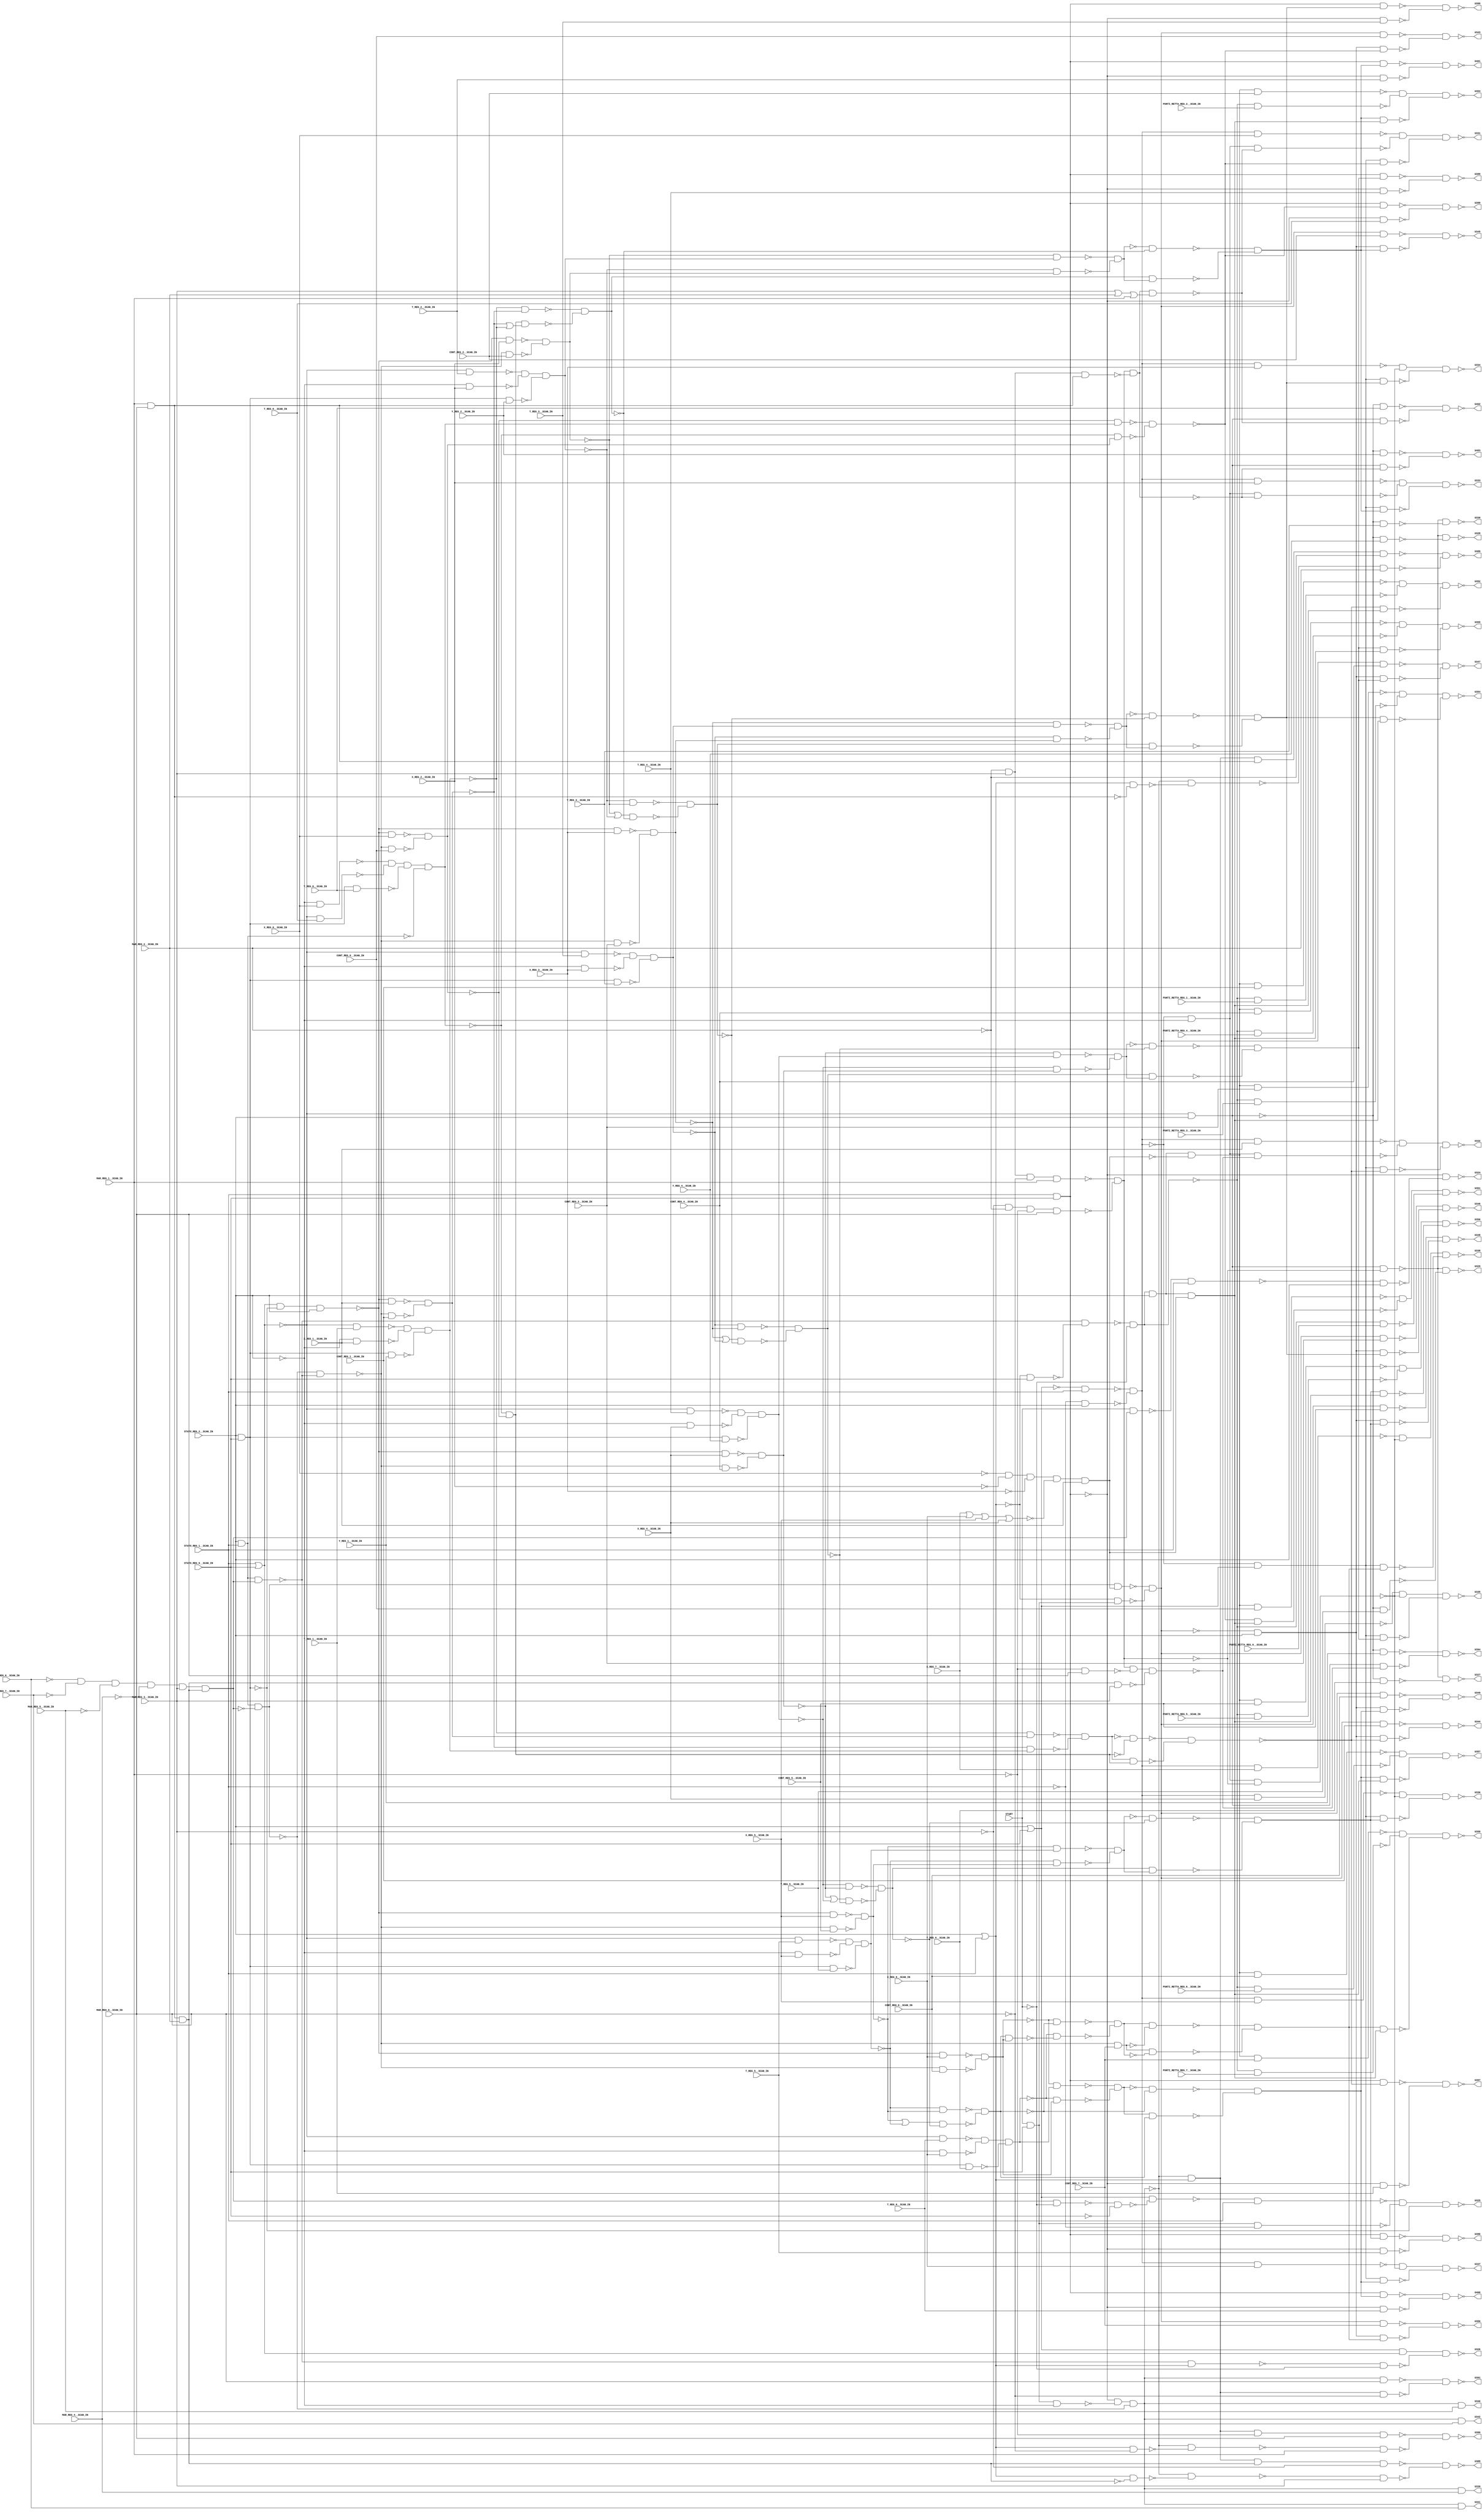
module b07_C( START, STATO_REG_0__SCAN_IN, STATO_REG_1__SCAN_IN, PUNTI_RETTA_REG_7__SCAN_IN, PUNTI_RETTA_REG_6__SCAN_IN, PUNTI_RETTA_REG_5__SCAN_IN, PUNTI_RETTA_REG_4__SCAN_IN, PUNTI_RETTA_REG_3__SCAN_IN, PUNTI_RETTA_REG_2__SCAN_IN, PUNTI_RETTA_REG_1__SCAN_IN, PUNTI_RETTA_REG_0__SCAN_IN, CONT_REG_7__SCAN_IN, CONT_REG_6__SCAN_IN, CONT_REG_5__SCAN_IN, CONT_REG_4__SCAN_IN, CONT_REG_3__SCAN_IN, CONT_REG_2__SCAN_IN, CONT_REG_1__SCAN_IN, CONT_REG_0__SCAN_IN, MAR_REG_7__SCAN_IN, MAR_REG_6__SCAN_IN, MAR_REG_5__SCAN_IN, MAR_REG_4__SCAN_IN, MAR_REG_3__SCAN_IN, MAR_REG_2__SCAN_IN, MAR_REG_1__SCAN_IN, MAR_REG_0__SCAN_IN, X_REG_7__SCAN_IN, X_REG_6__SCAN_IN, X_REG_5__SCAN_IN, X_REG_4__SCAN_IN, X_REG_3__SCAN_IN, X_REG_2__SCAN_IN, X_REG_1__SCAN_IN, X_REG_0__SCAN_IN, Y_REG_3__SCAN_IN, Y_REG_1__SCAN_IN, Y_REG_5__SCAN_IN, T_REG_3__SCAN_IN, T_REG_5__SCAN_IN, T_REG_1__SCAN_IN, T_REG_0__SCAN_IN, T_REG_4__SCAN_IN, T_REG_6__SCAN_IN, T_REG_2__SCAN_IN, Y_REG_4__SCAN_IN, Y_REG_0__SCAN_IN, Y_REG_2__SCAN_IN, Y_REG_6__SCAN_IN, STATO_REG_2__SCAN_IN, U324, U325, U326, U327, U328, U329, U330, U331, U332, U333, U334, U335, U336, U337, U338, U339, U340, U341, U342, U343, U344, U345, U346, U347, U348, U349, U350, U351, U352, U353, U354, U355, U356, U357, U358, U388, U389, U390, U391, U394, U395, U396, U397, U398, U399, U400, U401, U402, U403); 
input START, STATO_REG_0__SCAN_IN, STATO_REG_1__SCAN_IN, PUNTI_RETTA_REG_7__SCAN_IN, PUNTI_RETTA_REG_6__SCAN_IN, PUNTI_RETTA_REG_5__SCAN_IN, PUNTI_RETTA_REG_4__SCAN_IN, PUNTI_RETTA_REG_3__SCAN_IN, PUNTI_RETTA_REG_2__SCAN_IN, PUNTI_RETTA_REG_1__SCAN_IN, PUNTI_RETTA_REG_0__SCAN_IN, CONT_REG_7__SCAN_IN, CONT_REG_6__SCAN_IN, CONT_REG_5__SCAN_IN, CONT_REG_4__SCAN_IN, CONT_REG_3__SCAN_IN, CONT_REG_2__SCAN_IN, CONT_REG_1__SCAN_IN, CONT_REG_0__SCAN_IN, MAR_REG_7__SCAN_IN, MAR_REG_6__SCAN_IN, MAR_REG_5__SCAN_IN, MAR_REG_4__SCAN_IN, MAR_REG_3__SCAN_IN, MAR_REG_2__SCAN_IN, MAR_REG_1__SCAN_IN, MAR_REG_0__SCAN_IN, X_REG_7__SCAN_IN, X_REG_6__SCAN_IN, X_REG_5__SCAN_IN, X_REG_4__SCAN_IN, X_REG_3__SCAN_IN, X_REG_2__SCAN_IN, X_REG_1__SCAN_IN, X_REG_0__SCAN_IN, Y_REG_3__SCAN_IN, Y_REG_1__SCAN_IN, Y_REG_5__SCAN_IN, T_REG_3__SCAN_IN, T_REG_5__SCAN_IN, T_REG_1__SCAN_IN, T_REG_0__SCAN_IN, T_REG_4__SCAN_IN, T_REG_6__SCAN_IN, T_REG_2__SCAN_IN, Y_REG_4__SCAN_IN, Y_REG_0__SCAN_IN, Y_REG_2__SCAN_IN, Y_REG_6__SCAN_IN, STATO_REG_2__SCAN_IN; 
output U324, U325, U326, U327, U328, U329, U330, U331, U332, U333, U334, U335, U336, U337, U338, U339, U340, U341, U342, U343, U344, U345, U346, U347, U348, U349, U350, U351, U352, U353, U354, U355, U356, U357, U358, U388, U389, U390, U391, U394, U395, U396, U397, U398, U399, U400, U401, U402, U403; 
wire U300, U301, U302, U303, U304, U305, U306, U307, U308, U309, U310, U311, U312, U313, U314, U315, U316, U317, U318, U319, U320, U321, U322, U323, U359, U360, U361, U362, U363, U364, U365, U366, U367, U368, U369, U370, U371, U372, U373, U374, U375, U376, U377, U378, U379, U380, U381, U382, U383, U384, U385, U386, U387, U392, U393, U404, U405, U406, U407, U408, U409, U410, U411, U412, U413, U414, U415, U416, U417, U418, U419, U420, U421, U422, U423, U424, U425, U426, U427, U428, U429, U430, U431, U432, U433, U434, U435, U436, U437, U438, U439, U440, U441, U442, U443, U444, U445, U446, U447, U448, U449, U450, U451, U452, U453, U454, U455, U456, U457, U458, U459, U460, U461, U462, U463, U464, U465, U466, U467, U468, U469, U470, U471, U472, U473, U474, U475, U476, U477, U478, U479, U480, U481, U482, U483, U484, U485, U486, U487, U488, U489, U490, U491, U492, U493, U494, U495, U496, U497, U498, U499, U500, U501, U502, U503, U504, U505, U506, U507, U508, U509, U510, U511, U512, U513, U514, U515, U516, U517, U518, U519, U520, U521, U522, U523, U524, U525, U526, U527, U528, U529, U530, U531, U532, U533, U534, U535, U536, U537, U538, U539, U540, U541, U542, U543, U544, U545, U546, U547, U548, U549, U550, U551, U552, U553, U554, U555, U556, U557, U558, U559, U560, U561, U562, U563, U564, U565, U566, U567, U568, U569, U570, U571, U572, U573, U574, U575, U576, U577, U578, U579, U580, U581, U582, U583, U584, U585, U586, U587, R182_U4, R182_U5, R182_U6, R182_U7, R182_U8, R182_U9, R182_U10, R182_U11, R182_U12, R182_U13, R182_U14, R182_U15, R182_U16, R182_U17, R182_U18, R182_U19, R182_U20, R182_U21, R182_U22, R182_U23, R182_U24, R182_U25, R182_U26, R182_U27, R182_U28, R182_U29, R182_U30, R182_U31, R182_U32, R182_U33, R182_U34, R182_U35, R182_U36, R182_U37, R182_U38, R182_U39, R182_U40, R182_U41, R182_U42, R182_U43, R182_U44, R182_U45, R182_U46, R182_U47, R182_U48, R182_U49, R182_U50, R182_U51, R182_U52, R182_U53, R182_U54, R182_U55, R182_U56, R182_U57, R182_U58, R182_U59, R182_U60, R182_U61, R182_U62, R182_U63, R182_U64, R182_U65, R182_U66, R182_U67, R182_U68, R182_U69, R182_U70, R182_U71, R182_U72, R182_U73, R182_U74, R182_U75, R182_U76, R182_U77, R182_U78, R182_U79, R182_U80, R182_U81, R182_U82, R182_U83, R182_U84, R182_U85, R182_U86, R182_U87, R182_U88, R182_U89, R182_U90, R182_U91, R182_U92, R182_U93, R182_U94, R182_U95, R182_U96, R182_U97, R182_U98; 
assign U307 = START & STATO_REG_0__SCAN_IN; 
assign U359 = ~MAR_REG_1__SCAN_IN; 
assign U360 = ~MAR_REG_0__SCAN_IN; 
assign U361 = ~(MAR_REG_1__SCAN_IN & MAR_REG_0__SCAN_IN); 
assign U362 = ~MAR_REG_2__SCAN_IN; 
assign U364 = ~MAR_REG_3__SCAN_IN; 
assign U366 = ~START; 
assign U367 = ~STATO_REG_1__SCAN_IN; 
assign U368 = ~STATO_REG_2__SCAN_IN; 
assign U369 = ~STATO_REG_0__SCAN_IN; 
assign U370 = ~(STATO_REG_2__SCAN_IN & STATO_REG_1__SCAN_IN); 
assign U371 = STATO_REG_2__SCAN_IN | STATO_REG_1__SCAN_IN; 
assign U377 = ~MAR_REG_7__SCAN_IN; 
assign U378 = ~MAR_REG_6__SCAN_IN; 
assign U379 = ~MAR_REG_5__SCAN_IN; 
assign U380 = ~MAR_REG_4__SCAN_IN; 
assign U381 = ~X_REG_3__SCAN_IN; 
assign U382 = ~X_REG_2__SCAN_IN; 
assign U384 = ~X_REG_0__SCAN_IN; 
assign U385 = STATO_REG_1__SCAN_IN | STATO_REG_0__SCAN_IN; 
assign U387 = ~(STATO_REG_2__SCAN_IN & STATO_REG_0__SCAN_IN); 
assign U405 = ~(X_REG_7__SCAN_IN | X_REG_6__SCAN_IN | X_REG_5__SCAN_IN | X_REG_4__SCAN_IN); 
assign U406 = STATO_REG_2__SCAN_IN | STATO_REG_0__SCAN_IN; 
assign U407 = ~(STATO_REG_1__SCAN_IN & STATO_REG_0__SCAN_IN); 
assign U505 = MAR_REG_3__SCAN_IN | MAR_REG_2__SCAN_IN | MAR_REG_1__SCAN_IN; 
assign U308 = U362 & MAR_REG_3__SCAN_IN; 
assign U373 = ~(U384 & U382 & U381 & U405 & X_REG_1__SCAN_IN); 
assign U404 = U378 & U377 & U379 & U380 & MAR_REG_3__SCAN_IN; 
assign U408 = ~U385; 
assign U409 = ~U387; 
assign U415 = ~U370; 
assign U416 = ~U407; 
assign U417 = ~U361; 
assign U423 = ~U406; 
assign U427 = ~U371; 
assign U476 = ~(U307 & U368); 
assign U480 = ~(U371 & U361); 
assign U482 = ~(U371 & U360); 
assign U499 = ~(U359 & MAR_REG_0__SCAN_IN); 
assign U517 = ~(U368 & X_REG_6__SCAN_IN); 
assign U520 = ~(U368 & X_REG_5__SCAN_IN); 
assign U523 = ~(U368 & X_REG_4__SCAN_IN); 
assign U526 = ~(U368 & X_REG_3__SCAN_IN); 
assign U529 = ~(U368 & X_REG_2__SCAN_IN); 
assign U532 = ~(U368 & X_REG_1__SCAN_IN); 
assign U535 = ~(U368 & X_REG_0__SCAN_IN); 
assign U537 = ~(U385 & U387 & STATO_REG_2__SCAN_IN); 
assign U552 = ~(U307 & U367); 
assign U562 = ~(U367 & STATO_REG_2__SCAN_IN); 
assign U565 = ~(U364 & U362 & U359 & MAR_REG_0__SCAN_IN); 
assign U570 = ~(U407 & T_REG_3__SCAN_IN); 
assign U572 = ~(U407 & T_REG_5__SCAN_IN); 
assign U574 = ~(U407 & T_REG_1__SCAN_IN); 
assign U576 = ~(U407 & T_REG_0__SCAN_IN); 
assign U578 = ~(U407 & T_REG_4__SCAN_IN); 
assign U580 = ~(U407 & T_REG_6__SCAN_IN); 
assign U582 = ~(U407 & T_REG_2__SCAN_IN); 
assign U363 = ~(U417 & MAR_REG_2__SCAN_IN); 
assign U386 = ~(U408 & STATO_REG_2__SCAN_IN); 
assign U430 = ~(U427 & STATO_REG_0__SCAN_IN); 
assign U432 = ~U373; 
assign U457 = ~(U427 & U307); 
assign U494 = ~(U308 & U417); 
assign U515 = ~(U409 & Y_REG_6__SCAN_IN); 
assign U516 = ~(U408 & T_REG_6__SCAN_IN); 
assign U518 = ~(U409 & Y_REG_5__SCAN_IN); 
assign U519 = ~(U408 & T_REG_5__SCAN_IN); 
assign U521 = ~(U409 & Y_REG_4__SCAN_IN); 
assign U522 = ~(U408 & T_REG_4__SCAN_IN); 
assign U524 = ~(U409 & Y_REG_3__SCAN_IN); 
assign U525 = ~(U408 & T_REG_3__SCAN_IN); 
assign U527 = ~(U409 & Y_REG_2__SCAN_IN); 
assign U528 = ~(U408 & T_REG_2__SCAN_IN); 
assign U530 = ~(U409 & Y_REG_1__SCAN_IN); 
assign U531 = ~(U408 & T_REG_1__SCAN_IN); 
assign U533 = ~(U409 & Y_REG_0__SCAN_IN); 
assign U534 = ~(U408 & T_REG_0__SCAN_IN); 
assign U539 = ~(U537 & X_REG_6__SCAN_IN); 
assign U541 = ~(U537 & X_REG_5__SCAN_IN); 
assign U543 = ~(U537 & X_REG_4__SCAN_IN); 
assign U545 = ~(U537 & X_REG_3__SCAN_IN); 
assign U547 = ~(U537 & X_REG_2__SCAN_IN); 
assign U549 = ~(U537 & X_REG_1__SCAN_IN); 
assign U551 = ~(U537 & X_REG_0__SCAN_IN); 
assign U563 = ~(U423 & STATO_REG_1__SCAN_IN); 
assign U566 = ~(U308 & U360 & MAR_REG_1__SCAN_IN); 
assign U317 = ~(U516 & U517 & U515); 
assign U318 = ~(U519 & U520 & U518); 
assign U319 = ~(U522 & U523 & U521); 
assign U320 = ~(U525 & U526 & U524); 
assign U321 = ~(U528 & U529 & U527); 
assign U322 = ~(U531 & U532 & U530); 
assign U323 = ~(U535 & U534 & U533 & U370); 
assign U392 = ~(U566 & U565); 
assign U393 = ~(U563 & U562); 
assign U418 = ~U363; 
assign U478 = ~(U371 & U363); 
assign U510 = ~U386; 
assign U511 = ~(U386 & Y_REG_3__SCAN_IN); 
assign U512 = ~(U386 & Y_REG_5__SCAN_IN); 
assign U513 = ~(U386 & Y_REG_4__SCAN_IN); 
assign U514 = ~(U386 & Y_REG_6__SCAN_IN); 
assign U569 = ~(U386 & Y_REG_1__SCAN_IN); 
assign U585 = ~(U386 & Y_REG_0__SCAN_IN); 
assign U587 = ~(U386 & Y_REG_2__SCAN_IN); 
assign U304 = U393 & U406; 
assign U305 = U393 & U368; 
assign U365 = ~(U404 & U418); 
assign U414 = ~(U510 & U392); 
assign U500 = ~(U418 & MAR_REG_3__SCAN_IN); 
assign U564 = ~U393; 
assign U567 = ~U392; 
assign R182_U5 = ~U323; 
assign R182_U8 = ~U322; 
assign R182_U10 = ~U321; 
assign R182_U12 = ~U320; 
assign R182_U14 = ~U319; 
assign R182_U16 = ~U318; 
assign R182_U18 = ~U317; 
assign U327 = ~(U414 & U514); 
assign U328 = ~(U414 & U513); 
assign U329 = ~(U414 & U512); 
assign U330 = ~(U414 & U511); 
assign U374 = ~(U415 & U365); 
assign U383 = ~(U567 & U494); 
assign U413 = ~(U305 & U392); 
assign U419 = ~U365; 
assign U485 = ~(U564 & X_REG_7__SCAN_IN); 
assign U487 = ~(U564 & X_REG_6__SCAN_IN); 
assign U489 = ~(U564 & X_REG_5__SCAN_IN); 
assign U491 = ~(U564 & X_REG_4__SCAN_IN); 
assign U493 = ~(U564 & X_REG_3__SCAN_IN); 
assign U498 = ~(U564 & X_REG_2__SCAN_IN); 
assign U501 = ~(U567 & U499 & U500); 
assign U504 = ~(U564 & X_REG_1__SCAN_IN); 
assign U509 = ~(U564 & X_REG_0__SCAN_IN); 
assign U376 = ~(U407 & U476 & U374); 
assign U410 = ~U374; 
assign U411 = ~(U415 & U419); 
assign U420 = ~(START & U419); 
assign U424 = ~(U419 & U366); 
assign U495 = ~U383; 
assign U496 = ~(U305 & U383); 
assign U502 = ~(U305 & U501); 
assign U568 = ~(U510 & U501); 
assign U586 = ~(U510 & U383); 
assign U306 = U376 & U371; 
assign U394 = ~(U569 & U568); 
assign U403 = ~(U587 & U586); 
assign U421 = ~(U420 & STATO_REG_1__SCAN_IN); 
assign U425 = ~(U424 & U369); 
assign U428 = ~(U411 & U371); 
assign U431 = ~(U411 & U430); 
assign U458 = ~(U410 & U432); 
assign U477 = ~U376; 
assign U479 = ~(U376 & U478); 
assign U481 = ~(U376 & U480); 
assign U483 = ~(U376 & U482); 
assign U506 = ~(U495 & U505); 
assign U536 = ~(U374 & U411); 
assign U309 = U536 & CONT_REG_7__SCAN_IN; 
assign U339 = U477 & MAR_REG_4__SCAN_IN; 
assign U340 = U477 & MAR_REG_5__SCAN_IN; 
assign U341 = U477 & MAR_REG_6__SCAN_IN; 
assign U342 = U477 & MAR_REG_7__SCAN_IN; 
assign U372 = ~(U431 & U366); 
assign U375 = ~(U458 & U457); 
assign U422 = ~(U421 & STATO_REG_2__SCAN_IN); 
assign U426 = ~(U406 & U425); 
assign U429 = ~(U428 & U366); 
assign U507 = ~(U305 & U506); 
assign U538 = ~(U536 & CONT_REG_6__SCAN_IN); 
assign U540 = ~(U536 & CONT_REG_5__SCAN_IN); 
assign U542 = ~(U536 & CONT_REG_4__SCAN_IN); 
assign U544 = ~(U536 & CONT_REG_3__SCAN_IN); 
assign U546 = ~(U536 & CONT_REG_2__SCAN_IN); 
assign U548 = ~(U536 & CONT_REG_1__SCAN_IN); 
assign U550 = ~(U536 & CONT_REG_0__SCAN_IN); 
assign U554 = ~(U479 & MAR_REG_3__SCAN_IN); 
assign U555 = ~(U306 & U418 & U364); 
assign U556 = ~(U481 & MAR_REG_2__SCAN_IN); 
assign U557 = ~(U306 & U417 & U362); 
assign U558 = ~(U483 & MAR_REG_1__SCAN_IN); 
assign U559 = ~(U306 & U359 & MAR_REG_0__SCAN_IN); 
assign U560 = ~(U306 & U360); 
assign U561 = ~(U477 & MAR_REG_0__SCAN_IN); 
assign U584 = ~(U510 & U506); 
assign U301 = U375 & STATO_REG_2__SCAN_IN; 
assign U310 = ~(U539 & U538); 
assign U311 = ~(U541 & U540); 
assign U312 = ~(U543 & U542); 
assign U313 = ~(U545 & U544); 
assign U314 = ~(U547 & U546); 
assign U315 = ~(U549 & U548); 
assign U316 = ~(U551 & U550); 
assign U324 = ~(U407 & U422); 
assign U326 = ~(U406 & U385 & U429); 
assign U388 = ~(U555 & U554); 
assign U389 = ~(U557 & U556); 
assign U390 = ~(U559 & U558); 
assign U391 = ~(U561 & U560); 
assign U402 = ~(U585 & U584); 
assign U412 = ~U372; 
assign U435 = ~(U372 & PUNTI_RETTA_REG_7__SCAN_IN); 
assign U438 = ~(U372 & PUNTI_RETTA_REG_6__SCAN_IN); 
assign U441 = ~(U372 & PUNTI_RETTA_REG_5__SCAN_IN); 
assign U444 = ~(U372 & PUNTI_RETTA_REG_4__SCAN_IN); 
assign U447 = ~(U372 & PUNTI_RETTA_REG_3__SCAN_IN); 
assign U450 = ~(U372 & PUNTI_RETTA_REG_2__SCAN_IN); 
assign U453 = ~(U372 & PUNTI_RETTA_REG_1__SCAN_IN); 
assign U456 = ~(U372 & PUNTI_RETTA_REG_0__SCAN_IN); 
assign U459 = ~U375; 
assign U553 = ~(U426 & STATO_REG_1__SCAN_IN); 
assign R182_U28 = ~U309; 
assign U300 = U412 & STATO_REG_2__SCAN_IN; 
assign U325 = ~(U553 & U552 & U387); 
assign U461 = ~(U459 & CONT_REG_7__SCAN_IN); 
assign U463 = ~(U459 & CONT_REG_6__SCAN_IN); 
assign U465 = ~(U459 & CONT_REG_5__SCAN_IN); 
assign U467 = ~(U459 & CONT_REG_4__SCAN_IN); 
assign U469 = ~(U459 & CONT_REG_3__SCAN_IN); 
assign U471 = ~(U459 & CONT_REG_2__SCAN_IN); 
assign U473 = ~(U459 & CONT_REG_1__SCAN_IN); 
assign U475 = ~(U459 & CONT_REG_0__SCAN_IN); 
assign R182_U4 = ~U316; 
assign R182_U6 = ~(U323 & U316); 
assign R182_U7 = ~U315; 
assign R182_U9 = ~U314; 
assign R182_U11 = ~U313; 
assign R182_U13 = ~U312; 
assign R182_U15 = ~U311; 
assign R182_U19 = ~U310; 
assign R182_U41 = U315 | U322; 
assign R182_U43 = ~(U322 & U315); 
assign R182_U45 = U314 | U321; 
assign R182_U47 = ~(U321 & U314); 
assign R182_U49 = U313 | U320; 
assign R182_U51 = ~(U320 & U313); 
assign R182_U53 = U312 | U319; 
assign R182_U55 = ~(U319 & U312); 
assign R182_U57 = U311 | U318; 
assign R182_U59 = ~(U318 & U311); 
assign R182_U68 = ~(U310 & R182_U18); 
assign R182_U73 = ~(U311 & R182_U16); 
assign R182_U78 = ~(U312 & R182_U14); 
assign R182_U83 = ~(U313 & R182_U12); 
assign R182_U88 = ~(U314 & R182_U10); 
assign R182_U92 = ~(U315 & R182_U8); 
assign R182_U98 = ~(U316 & R182_U5); 
assign U302 = U300 & U373; 
assign U303 = U300 & U432; 
assign R182_U40 = ~R182_U6; 
assign R182_U67 = ~(U317 & R182_U19); 
assign R182_U72 = ~(U318 & R182_U15); 
assign R182_U77 = ~(U319 & R182_U13); 
assign R182_U82 = ~(U320 & R182_U11); 
assign R182_U87 = ~(U321 & R182_U9); 
assign R182_U93 = ~(U322 & R182_U7); 
assign R182_U97 = ~(U323 & R182_U4); 
assign U434 = ~(U302 & CONT_REG_7__SCAN_IN); 
assign U437 = ~(U302 & CONT_REG_6__SCAN_IN); 
assign U440 = ~(U302 & CONT_REG_5__SCAN_IN); 
assign U443 = ~(U302 & CONT_REG_4__SCAN_IN); 
assign U446 = ~(U302 & CONT_REG_3__SCAN_IN); 
assign U449 = ~(U302 & CONT_REG_2__SCAN_IN); 
assign U452 = ~(U302 & CONT_REG_1__SCAN_IN); 
assign U455 = ~(U302 & CONT_REG_0__SCAN_IN); 
assign R182_U21 = ~(R182_U98 & R182_U97); 
assign R182_U22 = ~(R182_U68 & R182_U67); 
assign R182_U23 = ~(R182_U73 & R182_U72); 
assign R182_U24 = ~(R182_U78 & R182_U77); 
assign R182_U25 = ~(R182_U83 & R182_U82); 
assign R182_U26 = ~(R182_U88 & R182_U87); 
assign R182_U27 = ~(R182_U93 & R182_U92); 
assign R182_U42 = ~(R182_U40 & R182_U41); 
assign U454 = ~(R182_U21 & U303); 
assign U474 = ~(U301 & R182_U21); 
assign U508 = ~(U304 & R182_U21); 
assign U577 = ~(U416 & R182_U21); 
assign R182_U38 = ~(R182_U43 & R182_U42); 
assign R182_U69 = ~R182_U22; 
assign R182_U74 = ~R182_U23; 
assign R182_U79 = ~R182_U24; 
assign R182_U84 = ~R182_U25; 
assign R182_U89 = ~R182_U26; 
assign R182_U94 = ~R182_U27; 
assign R182_U96 = ~(R182_U27 & R182_U6); 
assign U331 = ~(U509 & U507 & U508); 
assign U343 = ~(U475 & U474); 
assign U351 = ~(U455 & U454 & U456); 
assign U398 = ~(U577 & U576); 
assign R182_U44 = ~R182_U38; 
assign R182_U46 = ~(R182_U45 & R182_U38); 
assign R182_U91 = ~(R182_U26 & R182_U38); 
assign R182_U95 = ~(R182_U94 & R182_U40); 
assign R182_U20 = ~(R182_U96 & R182_U95); 
assign R182_U36 = ~(R182_U47 & R182_U46); 
assign R182_U90 = ~(R182_U44 & R182_U89); 
assign U451 = ~(R182_U20 & U303); 
assign U472 = ~(U301 & R182_U20); 
assign U503 = ~(U304 & R182_U20); 
assign U575 = ~(U416 & R182_U20); 
assign R182_U39 = R182_U91 & R182_U90; 
assign R182_U48 = ~R182_U36; 
assign R182_U50 = ~(R182_U49 & R182_U36); 
assign R182_U86 = ~(R182_U25 & R182_U36); 
assign U332 = ~(U504 & U502 & U503); 
assign U344 = ~(U473 & U472); 
assign U352 = ~(U452 & U453 & U451); 
assign U397 = ~(U575 & U574); 
assign U448 = ~(R182_U39 & U303); 
assign U470 = ~(U301 & R182_U39); 
assign U497 = ~(U304 & R182_U39); 
assign U583 = ~(U416 & R182_U39); 
assign R182_U34 = ~(R182_U51 & R182_U50); 
assign R182_U85 = ~(R182_U48 & R182_U84); 
assign U333 = ~(U498 & U496 & U497); 
assign U345 = ~(U471 & U470); 
assign U353 = ~(U449 & U450 & U448); 
assign U401 = ~(U583 & U582); 
assign R182_U37 = R182_U86 & R182_U85; 
assign R182_U52 = ~R182_U34; 
assign R182_U54 = ~(R182_U53 & R182_U34); 
assign R182_U81 = ~(R182_U24 & R182_U34); 
assign U445 = ~(R182_U37 & U303); 
assign U468 = ~(U301 & R182_U37); 
assign U492 = ~(U304 & R182_U37); 
assign U571 = ~(U416 & R182_U37); 
assign R182_U32 = ~(R182_U55 & R182_U54); 
assign R182_U80 = ~(R182_U52 & R182_U79); 
assign U334 = ~(U493 & U413 & U492); 
assign U346 = ~(U469 & U468); 
assign U354 = ~(U446 & U447 & U445); 
assign U395 = ~(U571 & U570); 
assign R182_U35 = R182_U81 & R182_U80; 
assign R182_U56 = ~R182_U32; 
assign R182_U58 = ~(R182_U57 & R182_U32); 
assign R182_U76 = ~(R182_U23 & R182_U32); 
assign U442 = ~(R182_U35 & U303); 
assign U466 = ~(U301 & R182_U35); 
assign U490 = ~(U304 & R182_U35); 
assign U579 = ~(U416 & R182_U35); 
assign R182_U17 = ~(R182_U59 & R182_U58); 
assign R182_U75 = ~(R182_U56 & R182_U74); 
assign U335 = ~(U491 & U413 & U490); 
assign U347 = ~(U467 & U466); 
assign U355 = ~(U443 & U444 & U442); 
assign U399 = ~(U579 & U578); 
assign R182_U33 = R182_U76 & R182_U75; 
assign R182_U60 = ~R182_U17; 
assign R182_U63 = ~(U310 & R182_U17); 
assign R182_U71 = ~(R182_U22 & R182_U17); 
assign U439 = ~(R182_U33 & U303); 
assign U464 = ~(U301 & R182_U33); 
assign U488 = ~(U304 & R182_U33); 
assign U573 = ~(U416 & R182_U33); 
assign R182_U61 = ~(R182_U60 & R182_U19); 
assign R182_U70 = ~(R182_U69 & R182_U60); 
assign U336 = ~(U489 & U413 & U488); 
assign U348 = ~(U465 & U464); 
assign U356 = ~(U440 & U441 & U439); 
assign U396 = ~(U573 & U572); 
assign R182_U31 = R182_U71 & R182_U70; 
assign R182_U62 = ~(U317 & R182_U61); 
assign U436 = ~(R182_U31 & U303); 
assign U462 = ~(U301 & R182_U31); 
assign U486 = ~(U304 & R182_U31); 
assign U581 = ~(U416 & R182_U31); 
assign R182_U29 = ~(R182_U63 & R182_U62); 
assign U337 = ~(U487 & U413 & U486); 
assign U349 = ~(U463 & U462); 
assign U357 = ~(U437 & U438 & U436); 
assign U400 = ~(U581 & U580); 
assign R182_U64 = ~R182_U29; 
assign R182_U65 = ~(U309 & R182_U29); 
assign R182_U66 = ~(R182_U64 & R182_U28); 
assign R182_U30 = R182_U66 & R182_U65; 
assign U433 = ~(R182_U30 & U303); 
assign U460 = ~(U301 & R182_U30); 
assign U484 = ~(U304 & R182_U30); 
assign U338 = ~(U485 & U413 & U484); 
assign U350 = ~(U461 & U460); 
assign U358 = ~(U434 & U435 & U433); 
endmodule